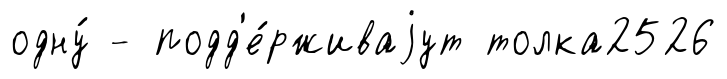
одну́ - подд'е́рживаjут толка2526